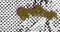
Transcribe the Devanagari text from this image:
विपरितों